Civil Veterinary Department. Madras. Admin. report 1926-33 - 1926-1933
Year: 1926
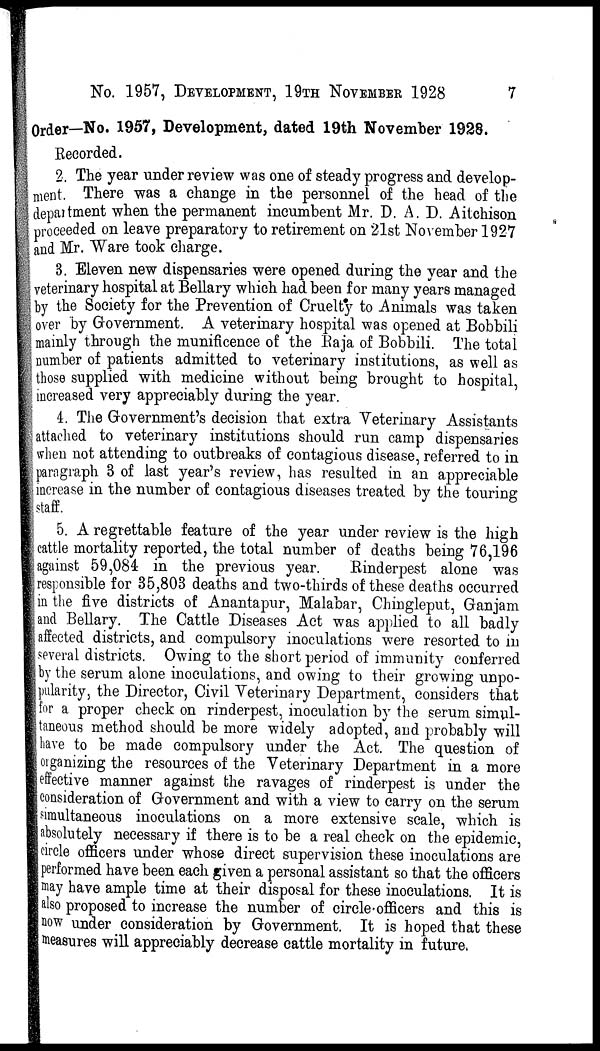
No. 1957, DEVELOPMENT, 19TH NOVEMBER 1928
7
Order—No. 1957, Development, dated 19th November 1928.
Recorded.
2. The year under review was one of steady progress and develop-
ment. There was a change in the personnel of the head of the
department when the permanent incumbent Mr. D. A. D. Aitchison
proceeded on leave preparatory to retirement on 21st November 1927
and Mr. Ware took charge.
3. Eleven new dispensaries were opened during the year and the
veterinary hospital at Bellary which had been for many years managed
by the Society for the Prevention of Cruelty to Animals was taken
over by Government. A veterinary hospital was opened at Bobbili
mainly through the munificence of the Raja of Bobbili. The total
number of patients admitted to veterinary institutions, as well as
those supplied with medicine without being brought to hospital,
increased very appreciably during the year.
4. The Government's decision that extra Veterinary Assistants
attached to veterinary institutions should run camp dispensaries
when not attending to outbreaks of contagious disease, referred to in
paragraph 3 of last year's review, has resulted in an appreciable
increase in the number of contagious diseases treated by the touring
staff.
5. A regrettable feature of the year under review is the high
cattle mortality reported, the total number of deaths being 76,196
against 59,084 in the previous year.
Rinderpest alone was
responsible for 35,803 deaths and two-thirds of these deaths occurred
in the five districts of Anantapur, Malabar, Chingleput, Ganjam
and Bellary. The Cattle Diseases Act was applied to all badly
affected districts, and compulsory inoculations were resorted to in
several districts. Owing to the short period of immunity conferred
by the serum alone inoculations, and owing to their growing unpo-
pularity, the Director, Civil Veterinary Department, considers that
for a proper check on rinderpest, inoculation by the serum simul-
taneous method should be more widely adopted, and probably will
have to be made compulsory under the Act. The question of
organizing the resources of the Veterinary Department in a more
effective manner against the ravages of rinderpest is under the
consideration of Government and with a view to carry on the serum
simultaneous inoculations on a more extensive scale, which is
absolutely necessary if there is to be a real check on the epidemic,
circle officers under whose direct supervision these inoculations are
performed have been each given a personal assistant so that the officers
may have ample time at their disposal for these inoculations. It is
also proposed to increase the number of circle officers and this is
now under consideration by Government. It is hoped that these
measures will appreciably decrease cattle mortality in future,